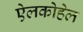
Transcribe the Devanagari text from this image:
ऐलकोहेल